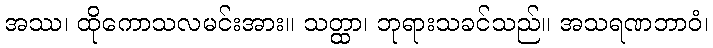
အဿ၊ ထိုကောသလမင်းအား။ သတ္ထာ၊ ဘုရားသခင်သည်။ အသရဏဘာဝံ၊